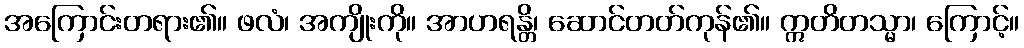
အကြောင်းတရား၏။ ဖလံ၊ အကျိုးကို။ အာဟရန္တိ၊ ဆောင်တတ်ကုန်၏။ ဣတိတသ္မာ၊ ကြောင့်။